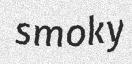
smoky